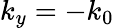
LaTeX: k_{y}=-k_{0}